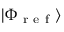
| \Phi _ { \mathrm { ~ r ~ e ~ f ~ } } \rangle